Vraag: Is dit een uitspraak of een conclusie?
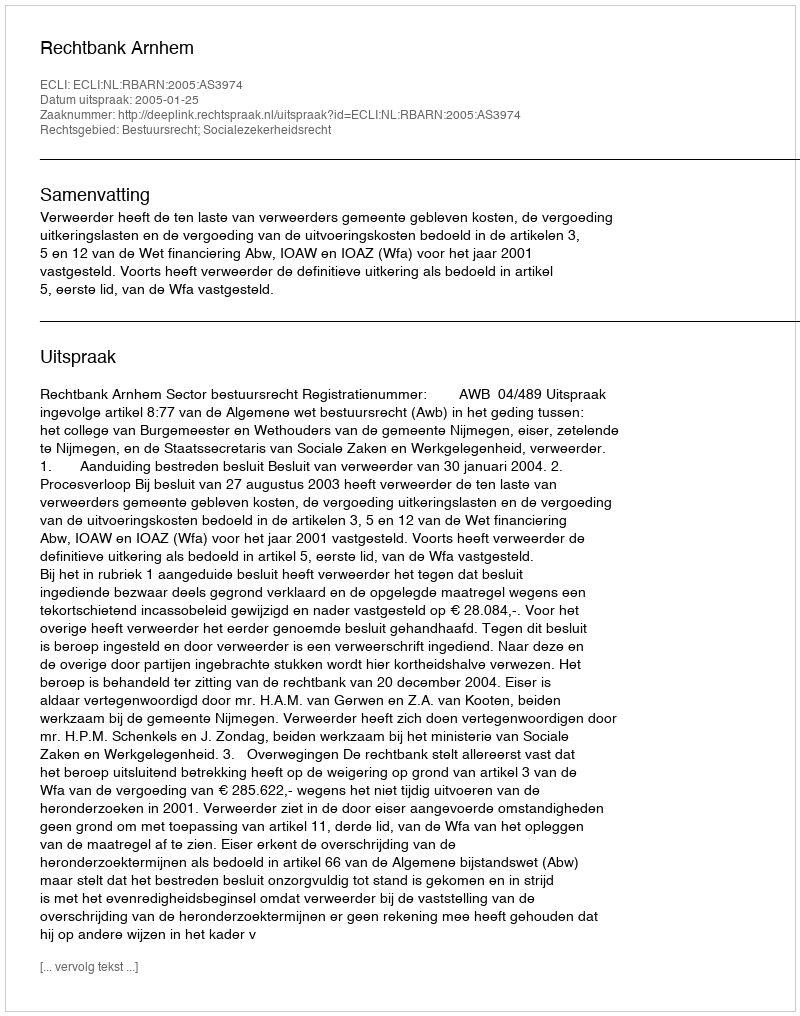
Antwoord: Uitspraak